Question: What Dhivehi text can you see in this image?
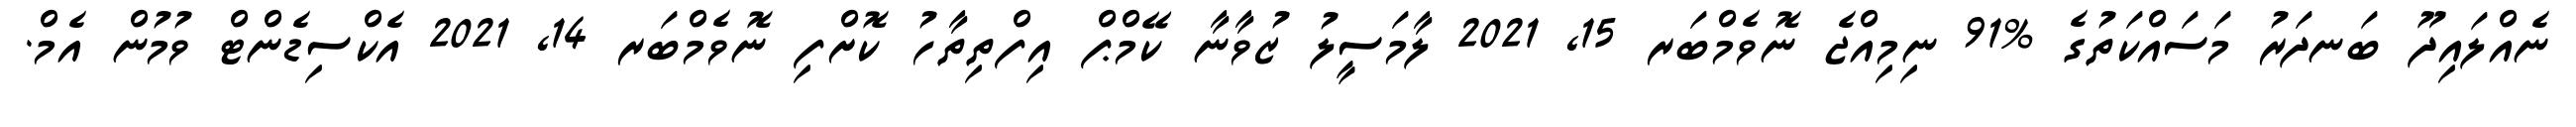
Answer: ނެއްލައިދޫ ބަނދަރު މަސައްކަތުގެ %91 ނިމިއްޖެ ނޮވެމްބަރ 15, 2021 ލާމަސީލު ޒުވާނާ ކޭމްޕް އިފްތިތާހު ކޮށްފި ނޮވެމްބަރ 14, 2021 އެކްސިޑެންޓް ވުމުން އެމް.